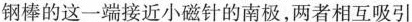
钢棒的这一端接近小磁针的南极，两者相互吸引